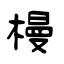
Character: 槾